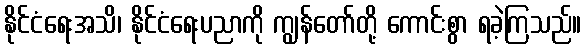
နိုင်ငံရေးအသိ၊ နိုင်ငံရေးပညာကို ကျွန်တော်တို့ ကောင်းစွာ ရခဲ့ကြသည်။